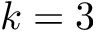
k = 3